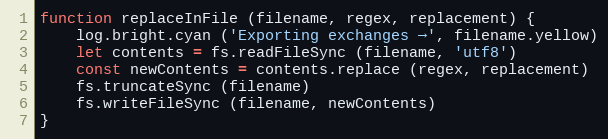
Language: JavaScript
function replaceInFile (filename, regex, replacement) {
    log.bright.cyan ('Exporting exchanges →', filename.yellow)
    let contents = fs.readFileSync (filename, 'utf8')
    const newContents = contents.replace (regex, replacement)
    fs.truncateSync (filename)
    fs.writeFileSync (filename, newContents)
}